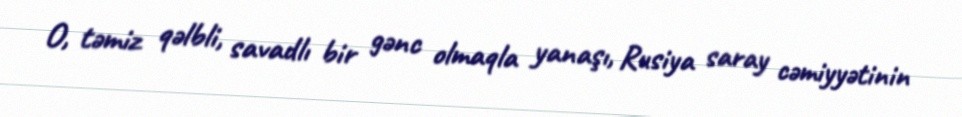
O, təmiz qəlbli, savadlı bir gənc olmaqla yanaşı, Rusiya saray cəmiyyətinin